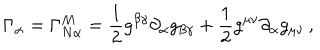
\Gamma _ { \alpha } = \Gamma _ { N \alpha } ^ { M } = \frac { 1 } { 2 } g ^ { \beta \gamma } \partial _ { \alpha } g _ { \beta \gamma } + \frac { 1 } { 2 } g ^ { \mu \nu } \partial _ { \alpha } g _ { \mu \nu } \, ,